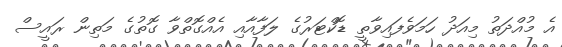
އެ މުއްދަތު މިއަދު ހަމަވެފައިވާތީ ޑޮކްޓަރުގެ ލަފާއާއި އެއްގޮތްވާ ގޮތުގެ މަތިން ރައީސް